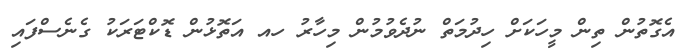
އެގޮތުން ތިން މީހަކަށް ހިދުމަތް ނުދެވުމުން މިހާރު ހއ އަތޮޅުން ޑޮކްޓަރަކު ގެނެސްފައި